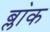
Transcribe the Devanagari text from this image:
ब्ला॓क